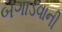
બગાડવાની